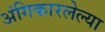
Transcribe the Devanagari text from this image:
अंगिकारलेल्या